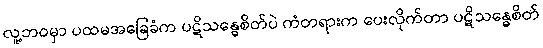
လူ့ဘဝမှာ ပထမအခြေခံက ပဋိသန္ဓေစိတ်ပဲ ကံတရားက ပေးလိုက်တာ ပဋိသန္ဓေစိတ်